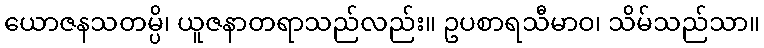
ယောဇနသတမ္ပိ၊ ယူဇနာတရာသည်လည်း။ ဥပစာရသီမာဝ၊ သိမ်သည်သာ။